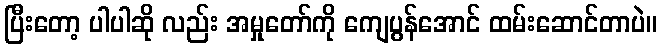
ပြီးတော့ ပါပါဆို လည်း အမှုတော်ကို ကျေပွန်အောင် ထမ်းဆောင်တာပဲ။